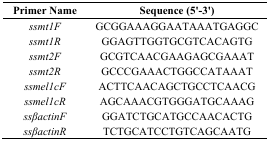
<table><thead><tr><td><b>Primer Name</b></td><td><b>Sequence (5&#x27;-3&#x27;)</b></td></tr></thead><tbody><tr><td><i>ssmt1F</i></td><td>GCGGAAAGGAATAAATGAGGC</td></tr><tr><td><i>ssmt1R</i></td><td>GGAGTTGGTGCGTCACAGTG</td></tr><tr><td><i>ssmt2F</i></td><td>GCGTCAACGAAGAGCGAAAT</td></tr><tr><td><i>ssmt2R</i></td><td>GCCCGAAACTGGCCATAAAT</td></tr><tr><td><i>ssmel1cF</i></td><td>ACTTCAACAGCTGCCTCAACG</td></tr><tr><td><i>ssmel1cR</i></td><td>AGCAAACGTGGGATGCAAAG</td></tr><tr><td><i>ssβactinF</i></td><td>GGATCTGCATGCCAACACTG</td></tr><tr><td><i>ssβactinR</i></td><td>TCTGCATCCTGTCAGCAATG</td></tr></tbody></table>